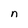
Character: n